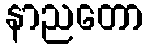
နာညတော